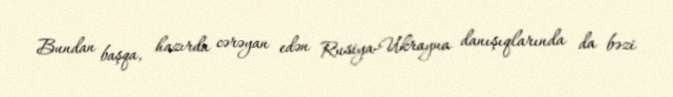
Bundan başqa, hazırda cərəyan edən Rusiya-Ukrayna danışıqlarında da bəzi